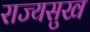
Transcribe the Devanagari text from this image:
राज्यसुख